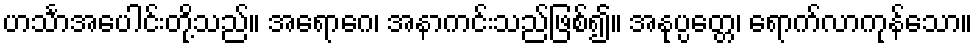
ဟင်္သာအပေါင်းတို့သည်။ အရောဂေ၊ အနာကင်းသည်ဖြစ်၍။ အနုပ္ပတ္တေ၊ ရောက်လာကုန်သော။